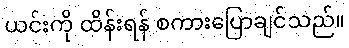
ယင်းကို ထိန်းရန် စကားပြောချင်သည်။